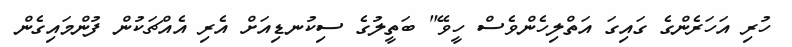
ހުރި އަހަރެންގެ ގައިގަ އަތްލިހެންވެސް ހީވޭ" ބަތީލުގެ ސިކުނޑިއަށް އެރި އެއްޗަކުން ފުންމައިގެން